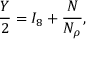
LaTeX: \frac { Y } { 2 } = I _ { 8 } + \frac { N } { N _ { \rho } } ,